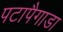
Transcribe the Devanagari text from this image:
पटापैगाडा